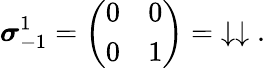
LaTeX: {\boldsymbol{\sigma}}_{-1}^{1}={\left(\begin{array}{ll}{0}&{0}\\ {0}&{1}\end{array}\right)}=\; \downarrow\downarrow\; .